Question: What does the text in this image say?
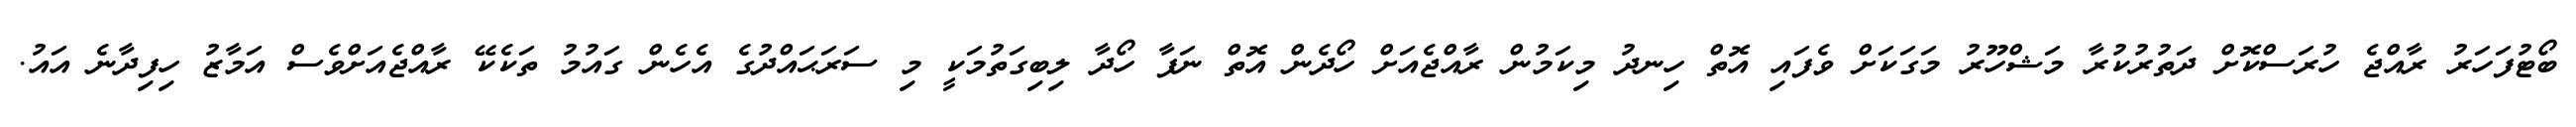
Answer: ބޯޓުފަހަރު ރާއްޖެ ހުރަސްކޮށް ދަތުރުކުރާ މަޝްހޫރު މަގަކަށް ވެފައި އޮތް ހިނދު މިކަމުން ރާއްޖެއަށް ހޯދެން އޮތް ނަފާ ހޯދާ ލިބިގަތުމަކީ މި ސަރަޙައްދުގެ އެހެން ގައުމު ތަކެކޭ ރާއްޖެއަށްވެސް އަމާޒު ހިފިދާނެ އައު.